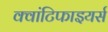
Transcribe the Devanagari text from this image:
क्वांटिफाइयर्स